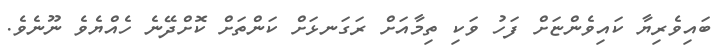
ބައިވެރިޔާ ކައިވެންޏަށް ފަހު ވަކި ތިމާއަށް ރަގަނޅަށް ކަންތަށް ކޮށްދޭނެ ހެއްޔެވެ ނޫނެވެ.